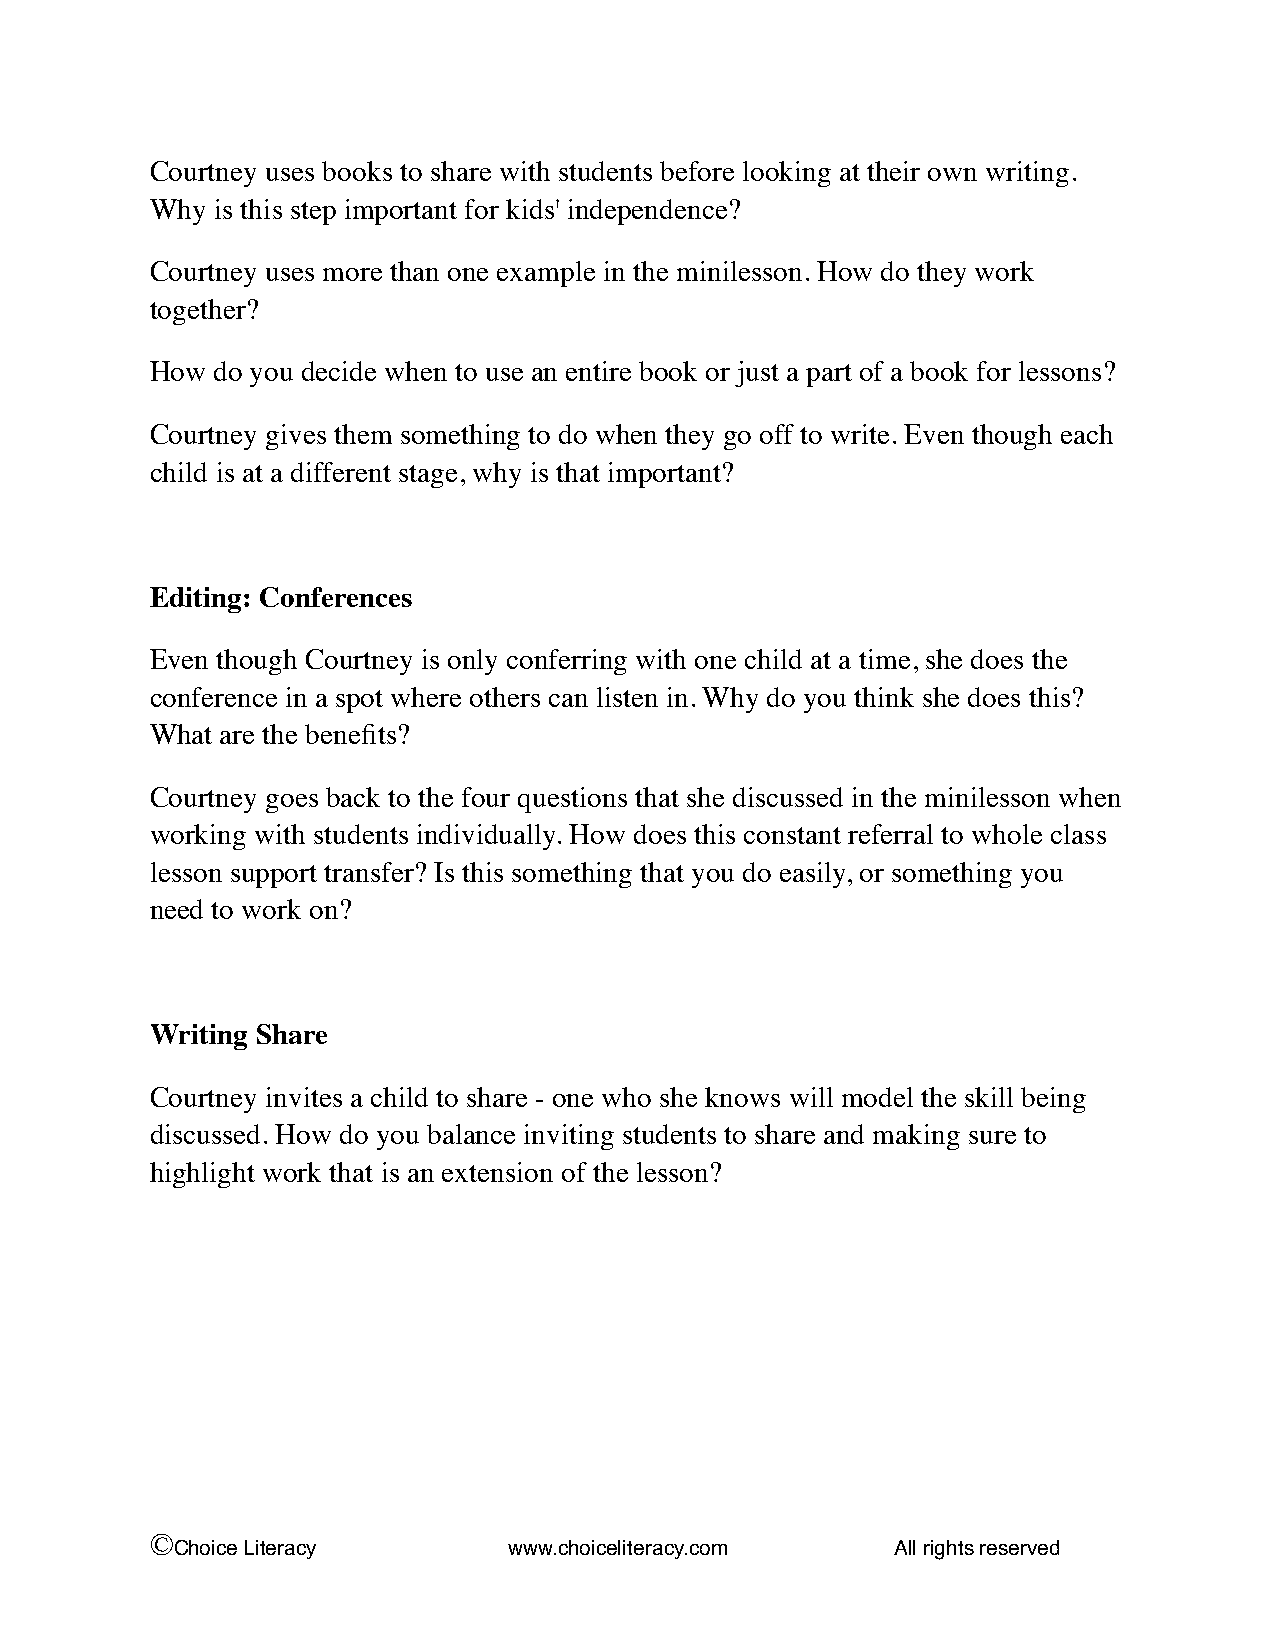
Courtney uses books to share with students before looking at their own writing.
 Why is this step important for kids' independence?
 Courtney uses more than one example in the minilesson. How do they work
 together?
 How do you decide when to use an entire book or just a part of a book for lessons?
 Courtney gives them something to do when they go off to write. Even though each
 child is at a different stage, why is that important?
 Editing: Conferences
 Even though Courtney is only conferring with one child at a time, she does the
 conference in a spot where others can listen in. Why do you think she does this?
 What are the benefits?
 Courtney goes back to the four questions that she discussed in the minilesson when
 working with students individually. How does this constant referral to whole class
 lesson support transfer? Is this something that you do easily, or something you
 need to work on?
 Writing Share
 Courtney invites a child to share - one who she knows will model the skill being
 discussed. How do you balance inviting students to share and making sure to
 highlight work that is an extension of the lesson?
 ©
 Choice Literacy       www.choiceliteracy.com   All rights reserved